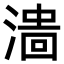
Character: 𣻲